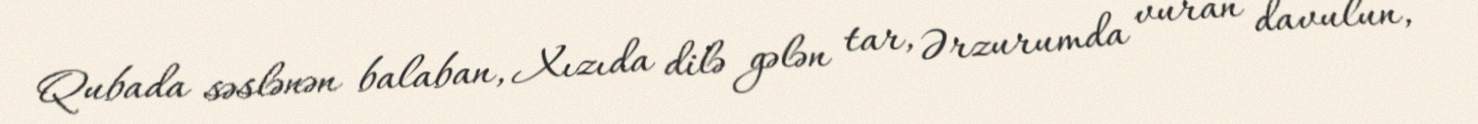
Qubada səslənən balaban, Xızıda dilə gələn tar, Ərzurumda vuran davulun,